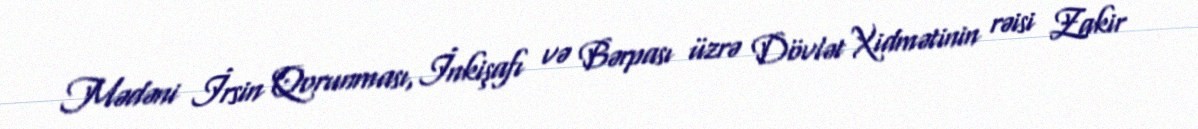
Mədəni İrsin Qorunması, İnkişafı və Bərpası üzrə Dövlət Xidmətinin rəisi Zakir